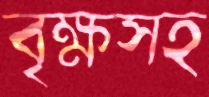
বৃক্ষসহ